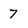
Character: 7